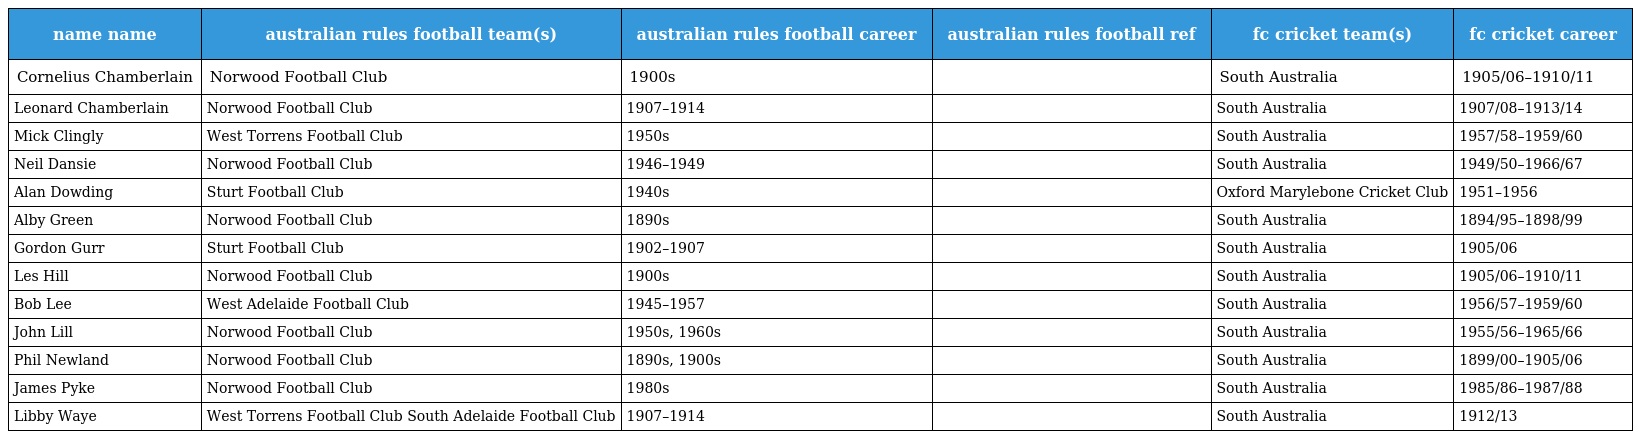
| name name | australian rules football team(s) | australian rules football career | australian rules football ref | fc cricket team(s) | fc cricket career |
 | --- | --- | --- | --- | --- | --- |
 | Cornelius Chamberlain | Norwood Football Club | 1900s |  | South Australia | 1905/06–1910/11 |
 | Leonard Chamberlain | Norwood Football Club | 1907–1914 |  | South Australia | 1907/08–1913/14 |
 | Mick Clingly | West Torrens Football Club | 1950s |  | South Australia | 1957/58–1959/60 |
 | Neil Dansie | Norwood Football Club | 1946–1949 |  | South Australia | 1949/50–1966/67 |
 | Alan Dowding | Sturt Football Club | 1940s |  | Oxford Marylebone Cricket Club | 1951–1956 |
 | Alby Green | Norwood Football Club | 1890s |  | South Australia | 1894/95–1898/99 |
 | Gordon Gurr | Sturt Football Club | 1902–1907 |  | South Australia | 1905/06 |
 | Les Hill | Norwood Football Club | 1900s |  | South Australia | 1905/06–1910/11 |
 | Bob Lee | West Adelaide Football Club | 1945–1957 |  | South Australia | 1956/57–1959/60 |
 | John Lill | Norwood Football Club | 1950s, 1960s |  | South Australia | 1955/56–1965/66 |
 | Phil Newland | Norwood Football Club | 1890s, 1900s |  | South Australia | 1899/00–1905/06 |
 | James Pyke | Norwood Football Club | 1980s |  | South Australia | 1985/86–1987/88 |
 | Libby Waye | West Torrens Football Club South Adelaide Football Club | 1907–1914 |  | South Australia | 1912/13 |